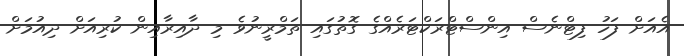
އެއަށް ފަހު ފިޓްނެސް އިންސްޓްރަކްޓަރެއްގެ ގޮތުގައި ތަމްރީނުވެ މި ދާއިރާއިން ކުރިއަށް ދިއުމަށް